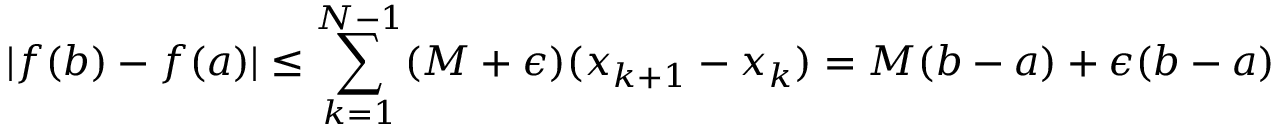
| f ( b ) - f ( a ) | \leq \sum _ { k = 1 } ^ { N - 1 } ( M + \epsilon ) ( x _ { k + 1 } - x _ { k } ) = M ( b - a ) + \epsilon ( b - a )